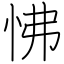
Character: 怫